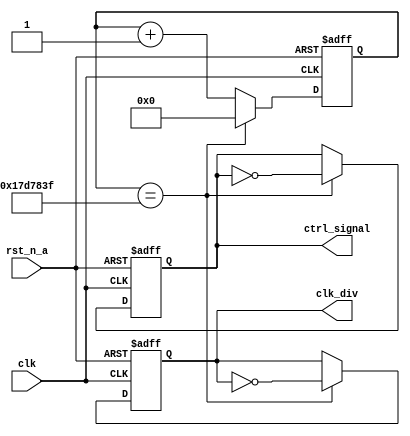

/*
Divisor de frecuencia de reloj.

Parmetros:
    CLK_FREQ: Frecuencia del reloj de entrada. Por defecto, 50 MHz.
    SPEED: Velocidad de conteo. Por defecto, 2. La velocidad de conteo
    es el nmero entre el cual se divide la frecuencia del reloj de entrada.
    Por ejemplo, si la frecuencia del reloj de entrada es de 50 MHz y la
    velocidad de conteo es de 2, la frecuencia del reloj de salida ser de
    25 MHz.

Entradas:
    clk: Reloj de entrada.
    rst_n_a: Reset asncrono activo bajo.

Salidas:
    clk_div: Reloj de salida.
*/
module clk_divider #(
    parameter CLK_FREQ = 50_000_000,
    parameter COUNT = 2
) (
    input clk, rst_n_a,
    output reg clk_div,
    output reg ctrl_signal
);

    localparam output_freq = CLK_FREQ / COUNT;
    reg [31:0] count;

    // Funcin de conteo sensible al flanco de subida del reloj
    // y al reset asncrono
    always @(posedge clk or negedge rst_n_a) begin
        // Si el reset est activo, el contador se pone a cero y se emite
        // un pulso de reloj bajo
        if (!rst_n_a == 1'b1) begin
            count <= 32'b0;
            clk_div <= 1'b0;
            ctrl_signal <= 1'b0;
        end
        // Si el contador llega al valor de conteo, se pone a cero y se emite
        // un pulso de reloj contrario al actual
        else if (count == output_freq - 1) begin
            count <= 32'b0;
            clk_div <= ~clk_div;
            ctrl_signal <= ~ctrl_signal;
        end
        // En caso contrario, se incrementa en uno y se mantiene el pulso de
        // reloj en alto
        else begin
            count <= count + 1;
            clk_div <= clk_div;
            ctrl_signal <= ctrl_signal;
        end
    end

endmodule